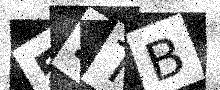
Text: 52TB